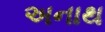
અનાથ